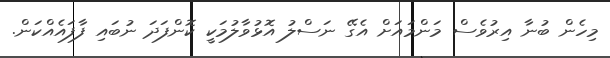
މިހެން ބުނާ އިރުވެސް މަންމައަށް އެގޭ ނަސްލު އޮޅުވާލުމަކީ ކޮންފަދަ ނުބައި ފާފައެއްކަން.